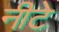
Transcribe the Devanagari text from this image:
नीटे